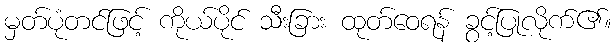
မှတ်ပုံတင်ဖြင့် ကိုယ်ပိုင် သီးခြား ထုတ်ဝေရန် ခွင့်ပြုလိုက်၏။